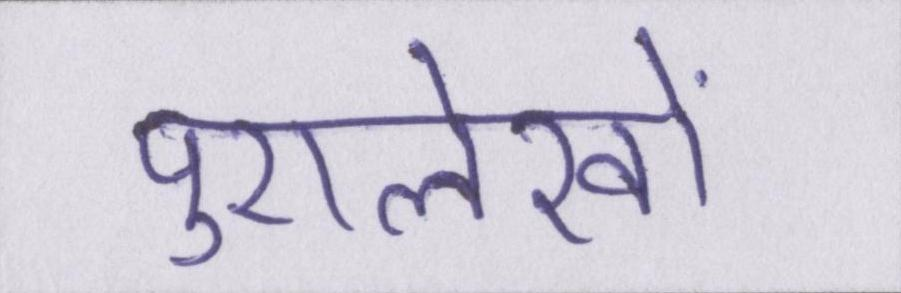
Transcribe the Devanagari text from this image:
पुरालेखों